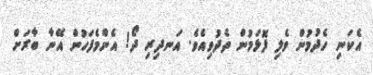
އެކަނި ހެދުމުން ވެލި ފޮޅަމުން ތެދުވިއެވެ. އަނދިރި ދޯ! އެންމެފަހުން އޭނާ ބާރަށް